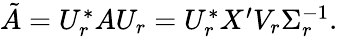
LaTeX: \begin{array}{r}{\tilde{A}=U_{r}^{*}AU_{r}=U_{r}^{*}X^{\prime}V_{r}\Sigma_{r}^{-1}.}\end{array}